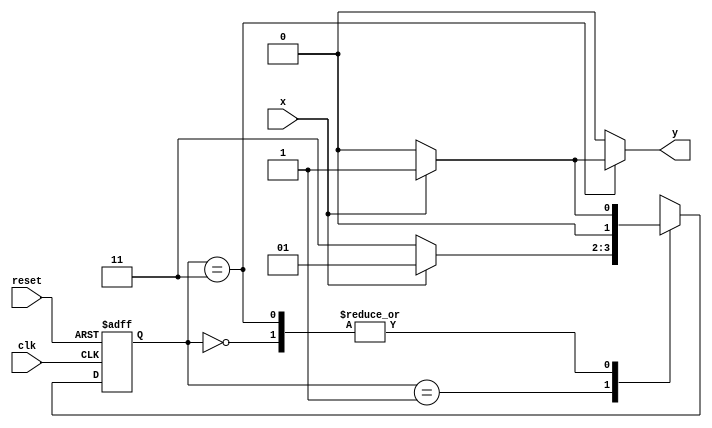
// ------------------------- 
// Exemplo0052
// Nome: Eduardo Manoel de Paula Junior
// -------------------------  

//`include "mealy101.v" 
// -------------- 
// --- Mealy FSM 
// -------------- 

// constant definitions 
	`define found 1 
	`define notfound 0 
// FSM by Mealy 
module mealy101 ( y, x, clk, reset ); 
	output y; 
	input x; 
	input clk; 
	input reset; 
	reg y; 
	
	parameter // state identifiers 
		start = 2'b00, 
		id1 = 2'b01, 
		id10 = 2'b11;

		reg [1:0] E1; // current state variables 
		reg [1:0] E2; // next state logic output 
	// next state logic 
	always @( x or E1 ) 
		begin 
		y = `notfound; 
		case ( E1 ) 
			start: 
			if ( x ) 
				E2 = id1; 
			else 
				E2 = start; 
			
			id1: 
			if ( x ) 
				E2 = id1; 
			else 
				E2 = id10; 
			
			id10: 
			if ( x ) 
			begin 
				E2 = id1;
				y = `found; 
			end 
			else 
			begin 
				y = `notfound; 
				E2 = start; 
			end 
			
			default: // undefined state 
				E2 = 2'bxx; 
		
		endcase 
	end // always at signal or state changing 
	
	// state variables 
	always @( posedge clk or negedge reset ) 
		begin 
		if ( reset ) 
		E1 = E2; // updates current state 
		else 
		E1 = 0; // reset 
	end // always at signal changing 
endmodule // mealy101 
 

//---------------
// -- Exemplo0052
//---------------
module Exemplo0052; 
	reg clk, reset, x; 
	wire m1;
	
	mealy101 mealy1 ( m1, x, clk, reset ); 
	
	initial begin 
		$display ( " Time   X  Mealy" ); 
		// initial values 
		clk = 1; 
		reset = 0; 
		x = 0; 
		// input signal changing 
		#5 reset = 1; 
		#10 x = 1; 
		#10 x = 0; 
		#10 x = 1; 
		#20 x = 0; 
		#10 x = 1; 
		#10 x = 1; 
		#10 x = 0; 
		#10 x = 1; 
		#10 x = 0;
		#10 x = 1;
		#30 $finish;
	end // initial 
	
	always 
	#5 clk = ~clk; 
	
	always @( posedge clk ) 
	begin 
		$display ( "%4d %4b %4b", $time, x, m1 ); 
	end // always at positive edge clocking changing 
endmodule // Exemplo0052